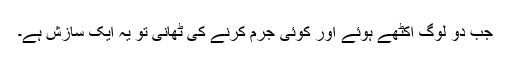
جب دو لوگ اکٹھے ہوئے اور کوئی جرم کرنے کی ٹھانی تو یہ ایک سازش ہے۔